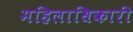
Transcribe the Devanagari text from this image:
महिलाधिकारी